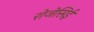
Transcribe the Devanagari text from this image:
रोजेसिई